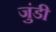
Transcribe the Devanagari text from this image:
जुंडी